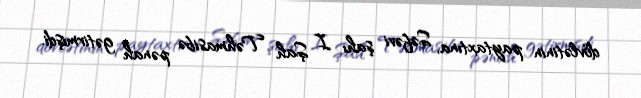
dövlətinin paytaxtına, Səfəvi şahı I Şah Təhmasibə pənah gətirmişdi.